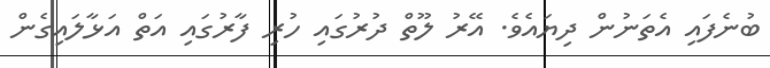
ބުނެފައި އެތަނުން ދިޔައެވެ. އޭރު ލޫތް ދުރުގައި ހުރި ފާރުގައި އަތް އަޅާލައިގެން